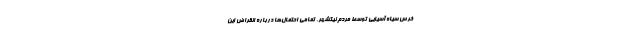
خرس سیاه آسیایی توسط مردم نیکشهر، تمامی احتمال‌ها درباره انقراض این